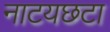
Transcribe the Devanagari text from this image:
नाटयछटा